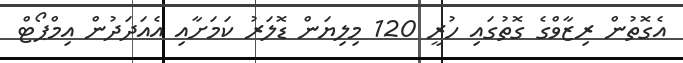
އެގޮތުން ރިޒާވްގެ ގޮތުގައި ހުރީ 120 މިލިޔަން ޑޮލަރު ކަމަށާއި އެއަދަދުން އިމްޕޯޓް